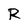
Character: R